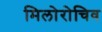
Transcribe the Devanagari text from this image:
मिलोरोचिव